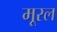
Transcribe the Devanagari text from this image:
मूरल